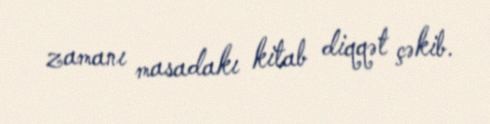
zamanı masadakı kitab diqqət çəkib.